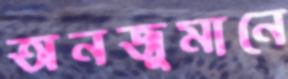
অনজুমানে